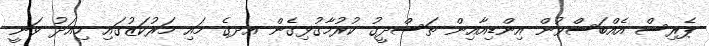
ޕެރިސް އެއްބަސްވުން އިންޑިއާއިން ތަސްދީގު ކުރުމާގުޅިގެން އދގެ މައި މަރުކަޒުގައި މިއަދު ވަނީ